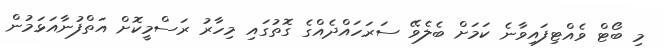
މި ބޯޓް ވެއްޓިފައިވާނެ ކަމަށް ބެލެވޭ ސަރަހައްދެއްގެ ގޮތުގައި މިހާރު ރަސްމީކޮށް އަތްފުނާއަޅަމުން